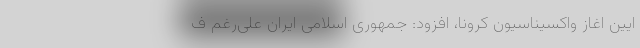
ایین اغاز واکسیناسیون کرونا، افزود: جمهوری اسلامی ایران علی‌رغم ف